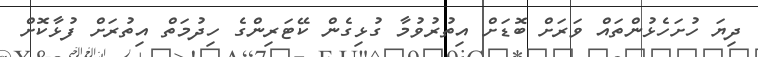
ދިޔަ ހުށަހެޅުންތައް ވަރަށް ބޮޑަށް އިތުރުވުމާ ގުޅިގެން ކޭޓަރިންގެ ހިދުމަތް އިތުރަށް ފުޅާކޮށް